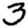
Digit: 3